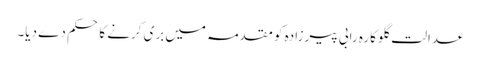
عدالت گلوکارہ رابی پیرزادہ کو مقدمہ میں بری کرنے کا حکم دے دیا۔